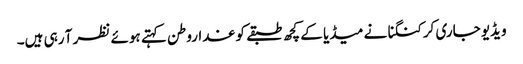
ویڈیو جاری کر کنگنا نے میڈیا کے کچھ طبقے کو غداروطن کہتے ہوئے نظر آ رہی ہیں۔